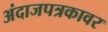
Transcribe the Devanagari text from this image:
अंदाजपत्रकावर